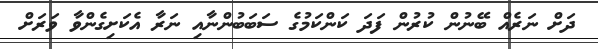
ދަށް ނަރެއް ބޭނުން ކުރުން ފަދަ ކަންކަމުގެ ސަބަބުންނާއި ނަރާ އެކަށިގެންވާ ވަރަށް